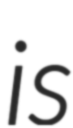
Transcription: is